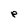
Character: e